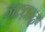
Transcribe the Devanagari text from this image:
जव़्व़ाद